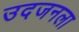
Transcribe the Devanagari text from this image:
उदजनला